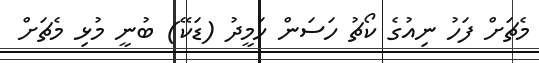
މެޗަށް ފަހު ނިއުގެ ކޯޗު ހަސަން ހަމީދު (ޑަކޭ) ބުނީ މުޅި މެޗަށް